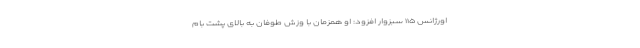
اورژانس ۱۱۵ سبزوار افزود: او همزمان با وزش طوفان به بالای پشت بام